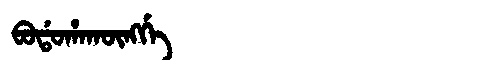
Manchu: ᠪᠣᡩᠣᡥᠠᡴᡡᠩᡤᡝ
Romanization: BODOHAKŪNGGE